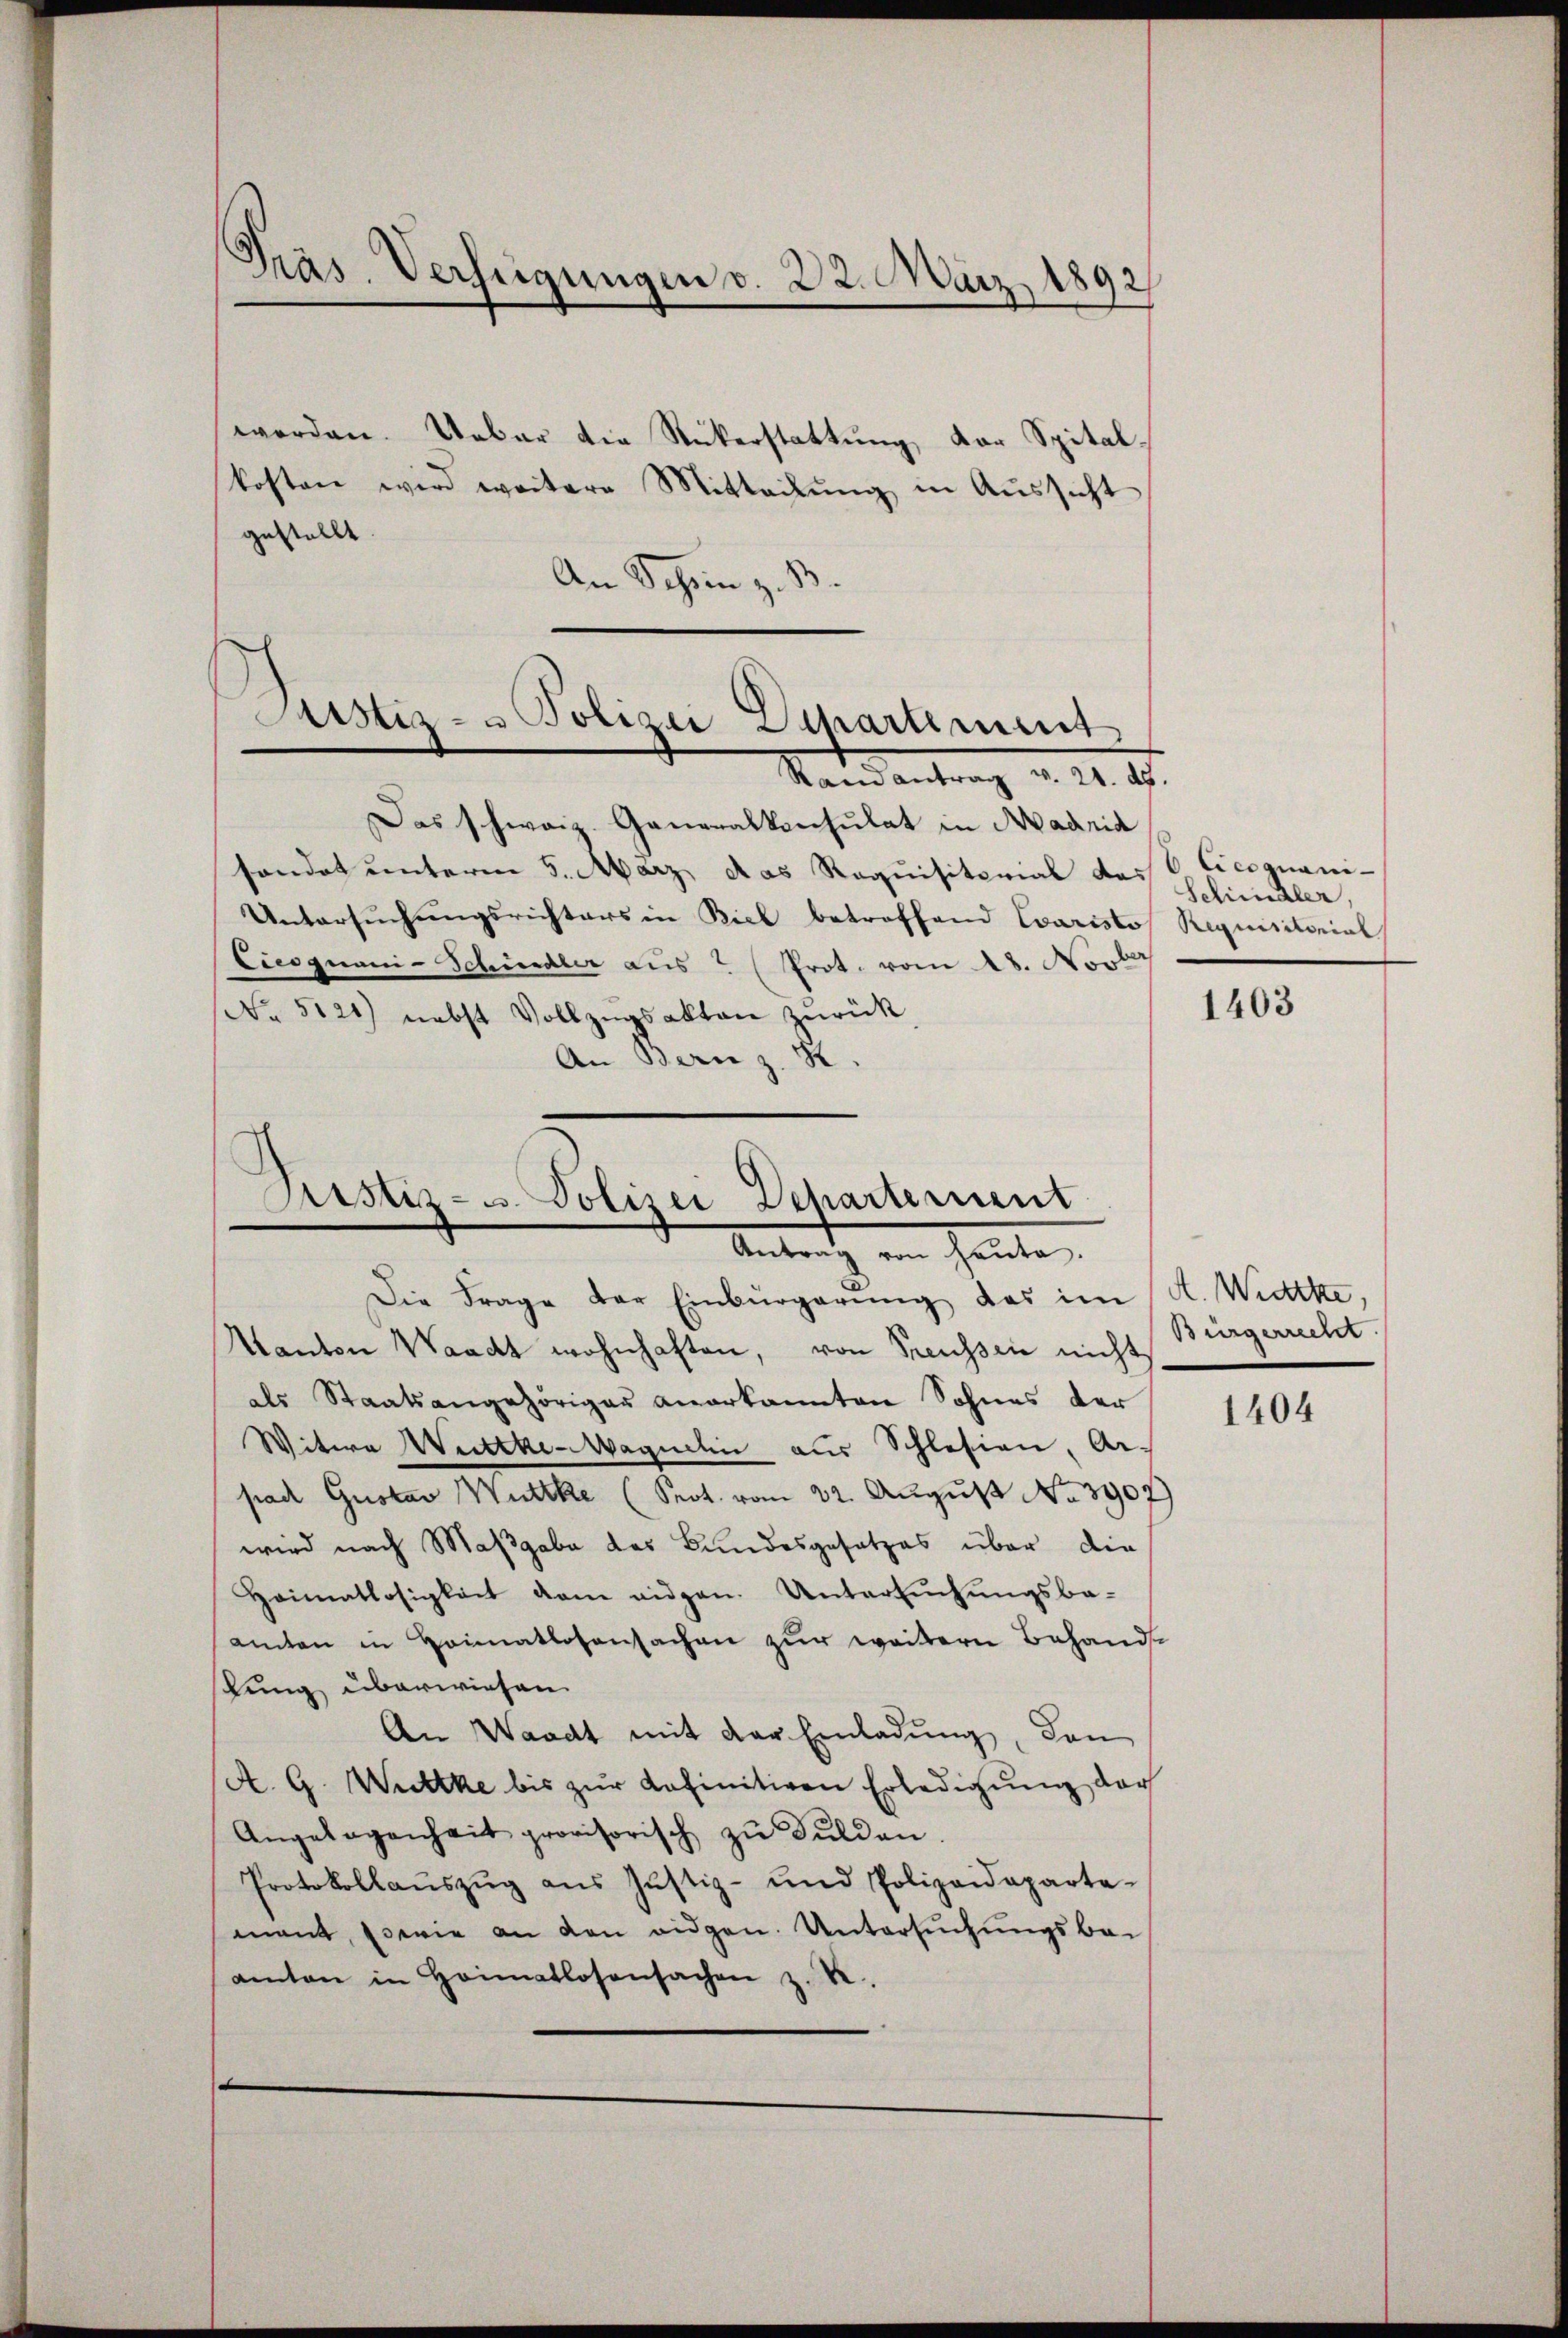
Präs. Verfügungen v. 22. März 1892

Justiz- u Polizei Departement

werden. Ueber die Rickerstattung der Spitalkosten wird weitere Mitteilŭng in Aŭssicht
gestellt.
An Schein z. B.
Rand antrag v. 21. ds.
Das schweiz. Generalkonsulat in Madria
sondet unterm 5. März das Requisitorial des C. Cicognani-
Untersuchungsrichters in Biel betroffend Caristof Requisitorial
Ciesquani-Schindler aus ? (Prot. vom 28. Novbr
No 5121) nebst Vollzŭgsakten zurück
An Bern z. R.

Aristiz- u. Polizei Departement
Antrag von heute.

Die Frage der Einbürgerung das im
Kanton Waadt wohnhaften, von Preussen nicht
als Staatsangehöriges anerkannten Sohnes der
Witwe Wettke-Magueli aus Schlesien, Arpad Gustav Wuttke (Sept. vom 22. August No 3907)
wird nach Maßgabe des Bundesgesetzes über die
Heimatlosigkeit dem eidgen. Untersŭchŭngsba-
amten in Heimatlosensachen zur weitern Behandstung überwiesen.
An Waadt mit der Einladung, dan
A. G. Wittke bis zŭr definitiven Erledigŭng der
Angelegenheit provisorisch zŭ Sŭlden.
Protokollaŭszŭg ans Jŭstiz- und Polizeideparta-
mant, sowie an den eidgen. Untersuchungsbe-
amten in Heimatlosensachen z. B.

Schmaler,

1403

A. Widekte,
Bürgerrecht.

1404